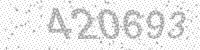
Solution: 420693